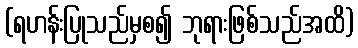
(ရဟန်းပြုသည်မှစ၍ ဘုရားဖြစ်သည်အထိ)